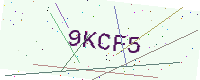
Text: 9KCF5